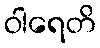
ဝါရေတိ